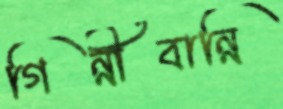
গিন্নীবান্নি